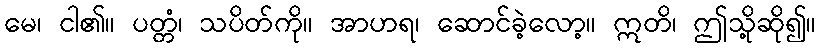
မေ၊ ငါ၏။ ပတ္တံ၊ သပိတ်ကို။ အာဟရ၊ ဆောင်ခဲ့လော့။ ဣတိ၊ ဤသို့ဆို၍။